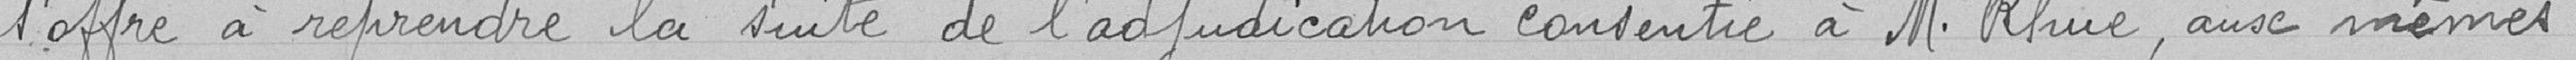
s'offre à reprendre la suite de l'adjudication consentie à M. Rhué, aux mêmes